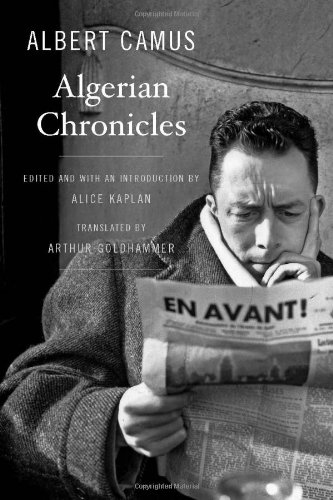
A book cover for Algerian Chronicles; Albert Camus; History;